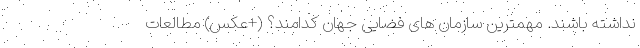
نداشته باشند. مهمترین سازمان‌ های فضایی جهان کدامند؟ (+عکس) مطالعات